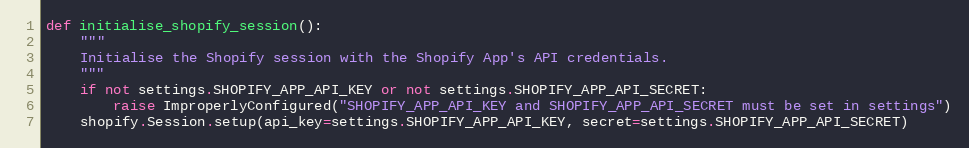
Language: Python
def initialise_shopify_session():
    """
    Initialise the Shopify session with the Shopify App's API credentials.
    """
    if not settings.SHOPIFY_APP_API_KEY or not settings.SHOPIFY_APP_API_SECRET:
        raise ImproperlyConfigured("SHOPIFY_APP_API_KEY and SHOPIFY_APP_API_SECRET must be set in settings")
    shopify.Session.setup(api_key=settings.SHOPIFY_APP_API_KEY, secret=settings.SHOPIFY_APP_API_SECRET)